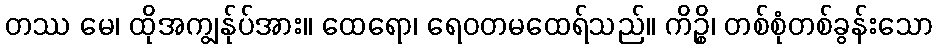
တဿ မေ၊ ထိုအကျွန်ုပ်အား။ ထေရော၊ ရေဝတမထေရ်သည်။ ကိဉ္စိ၊ တစ်စုံတစ်ခွန်းသော